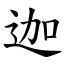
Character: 迦